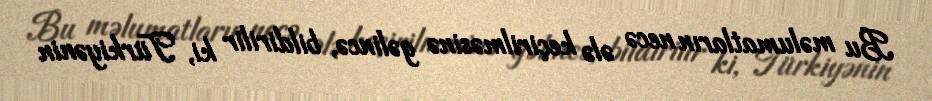
Bu məlumatların necə ələ keçirilməsinə gəlincə, bildirilir ki, Türkiyənin